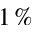
1 \, \%